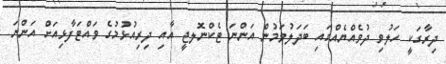
ދިރާގަކީ ހަލުވި ދުވެއްޔެއްގައި ބަދަލުވަމުން އަންނަ ޓެކްނޮލޖީ އާއި ދިރިއުޅުމުގެ ވައްޓަފާޅިއަށް އަންނަ